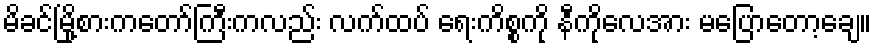
မိခင်မြို့စားကတော်ကြီးကလည်း လက်ထပ် ရေးကိစ္စကို နီကိုလေအား မပြောတော့ချေ။